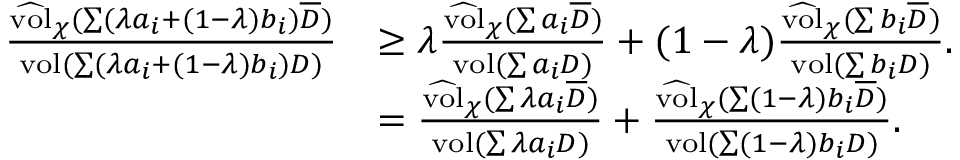
\begin{array} { r l } { \frac { \widehat { \mathrm { v o l } } _ { \chi } ( \sum ( \lambda a _ { i } + ( 1 - \lambda ) b _ { i } ) \overline { D } ) } { \mathrm { v o l } ( \sum ( \lambda a _ { i } + ( 1 - \lambda ) b _ { i } ) D ) } } & { \geq \lambda \frac { \widehat { \mathrm { v o l } } _ { \chi } ( \sum a _ { i } \overline { D } ) } { \mathrm { v o l } ( \sum a _ { i } D ) } + ( 1 - \lambda ) \frac { \widehat { \mathrm { v o l } } _ { \chi } ( \sum b _ { i } \overline { D } ) } { \mathrm { v o l } ( \sum b _ { i } D ) } . } \\ & { = \frac { \widehat { \mathrm { v o l } } _ { \chi } ( \sum \lambda a _ { i } \overline { D } ) } { \mathrm { v o l } ( \sum \lambda a _ { i } D ) } + \frac { \widehat { \mathrm { v o l } } _ { \chi } ( \sum ( 1 - \lambda ) b _ { i } \overline { D } ) } { \mathrm { v o l } ( \sum ( 1 - \lambda ) b _ { i } D ) } . } \end{array}